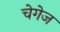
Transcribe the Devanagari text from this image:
चेगेज